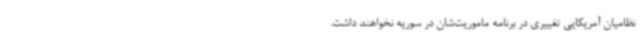
نظامیان آمریکایی تغییری در برنامه ماموریت‌شان در سوریه نخواهند داشت.